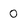
Character: 0